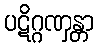
ပဋိဂ္ဂဏှန္တာ